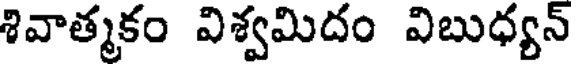
శివాత్మకం విశ్వమిదం విబుధ్యన్